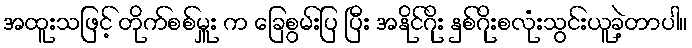
အထူးသဖြင့် တိုက်စစ်မှူး က ခြေစွမ်းပြ ပြီး အနိုင်ဂိုး နှစ်ဂိုးစလုံးသွင်းယူခဲ့တာပါ။